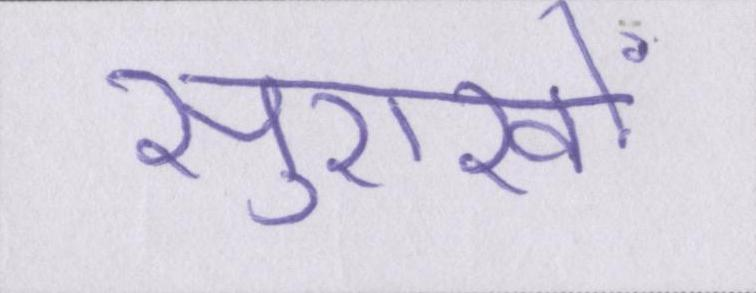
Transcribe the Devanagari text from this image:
सुराखों